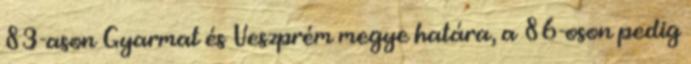
83-ason Gyarmat és Veszprém megye határa, a 86-oson pedig